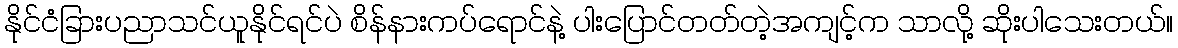
နိုင်ငံခြားပညာသင်ယူနိုင်ရင်ပဲ စိန်နားကပ်ရောင်နဲ့ ပါးပြောင်တတ်တဲ့အကျင့်က သာလို့ ဆိုးပါသေးတယ်။